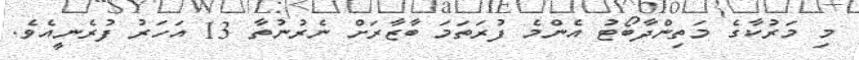
މި މަރުކާގެ މަތިންދާބޯޓު އެންމެ ފުރަތަމަ ބާޒާރަށް ނެރުނުތާ 13 އަހަރު ފުރެނީއެވެ.